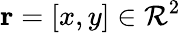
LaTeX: \mathbf{r}=[x,y]\in\mathcal{R}^{2}